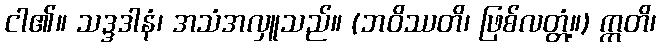
ငါ၏။ သဒ္ဒဒါနံ၊ အသံအလှူသည်။ (ဘဝိဿတိ၊ ဖြစ်လတ္တံ့။) ဣတိ၊